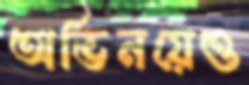
অভিনয়েও